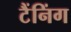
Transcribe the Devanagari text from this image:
टैंनिंग